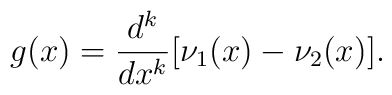
g(x) =  \frac{d^{k}}{dx^{k}} [\nu_{1} (x) - \nu_{2} (x)] .